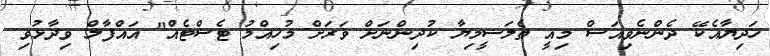
ހަދިޔާއެކޭ ދެންނެވިއަސް މިއީ ތެލަސީމިޔާ ކުދިންނަށް ވަރަށް މުހިއްމު ޓެސްޓެއް" އައްފާލް ވިދާޅުވި